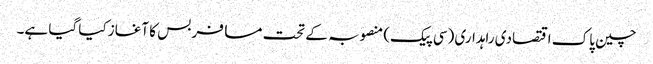
چین پاک اقتصادی راہداری (سی پیک) منصوبہ کے تحت مسافر بس کا آغاز کیا گیا ہے۔